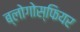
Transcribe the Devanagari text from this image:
ब्लोगोस्फियर